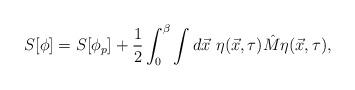
LaTeX: \begin{align*}S[\phi ] = S[\phi_p] + \frac{1}{2} \int_0^{\beta} \int d\vec{x} \,\,\eta (\vec{x},\tau ) \hat{M} \eta (\vec{x},\tau ),\end{align*}